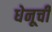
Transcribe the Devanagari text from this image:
धेनूची